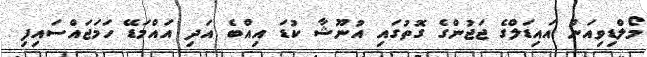
މޯލްޑިވިއަން އައިޑަލްގެ ޖަޖުންގެ ގޮތުގައި އުނޫޝާ ކުޑަ އިއްބެ އަދި އައްމަޑޭ ހަމަޖައްސައިފި